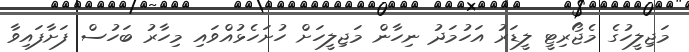
މަޖިލީހުގެ މެޖޯރިޓީ ލީޑަރު އަހުމަދު ނިހާން މަޖިލީހަށް ހުށަހެޅުއްވައި މިހާރު ބަހުސް ފަށާފައިވާ